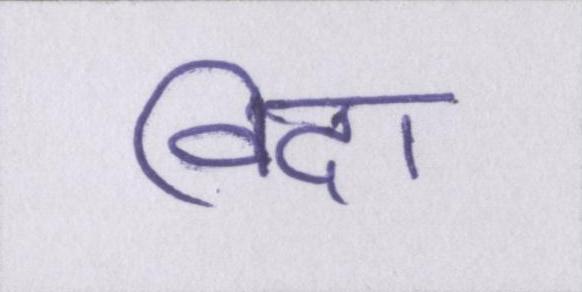
विदा